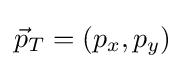
{\vec {p}}_{T}=(p_{x},p_{y})